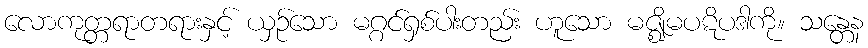
လောကုတ္တရာတရားနှင့် ယှဉ်သော မဂ္ဂင်ရှစ်ပါးတည်း ဟူသော မဇ္ဈိမပဋိပဒါကို။ သန္တေန